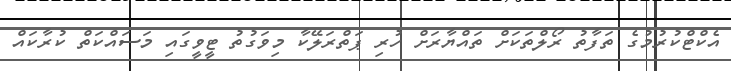
އެކްޓްކުރުމުގެ ތަފާތު ރޯލްތަކަށް ތައްޔާރަށް ހުރި ޕަތްރަލޭކާ މިވަގުތު ޓީވީގައި މަސައްކަތް ކުރާކައް